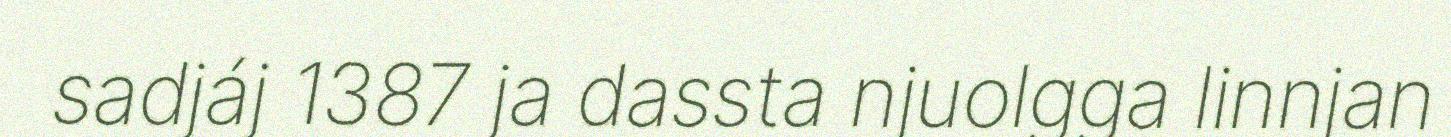
sadjáj 1387 ja dassta njuolgga linnjan